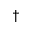
^ \dagger